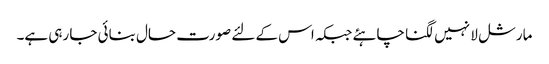
مارشل لا نہیں لگنا چاہئے جبکہ اس کے لئے صورت حال بنائی جا رہی ہے۔